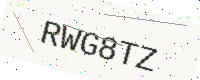
Text: RWG8TZ